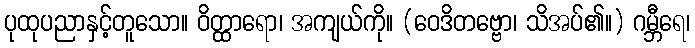
ပုထုပညာနှင့်တူသော။ ဝိတ္ထာရော၊ အကျယ်ကို။ (ဝေဒိတဗ္ဗော၊ သိအပ်၏။) ဂမ္ဘီရေ၊